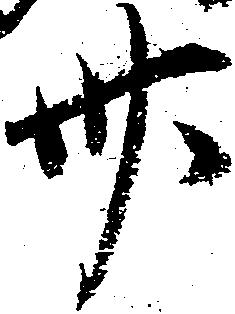
卅